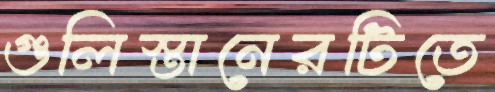
গুলিস্তানেরটিতে